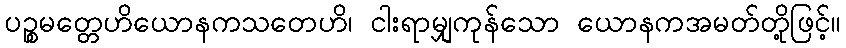
ပဉ္စမတ္တေဟိယောနကသတေဟိ၊ ငါးရာမျှကုန်သော ယောနကအမတ်တို့ဖြင့်။